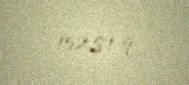
152,81 q